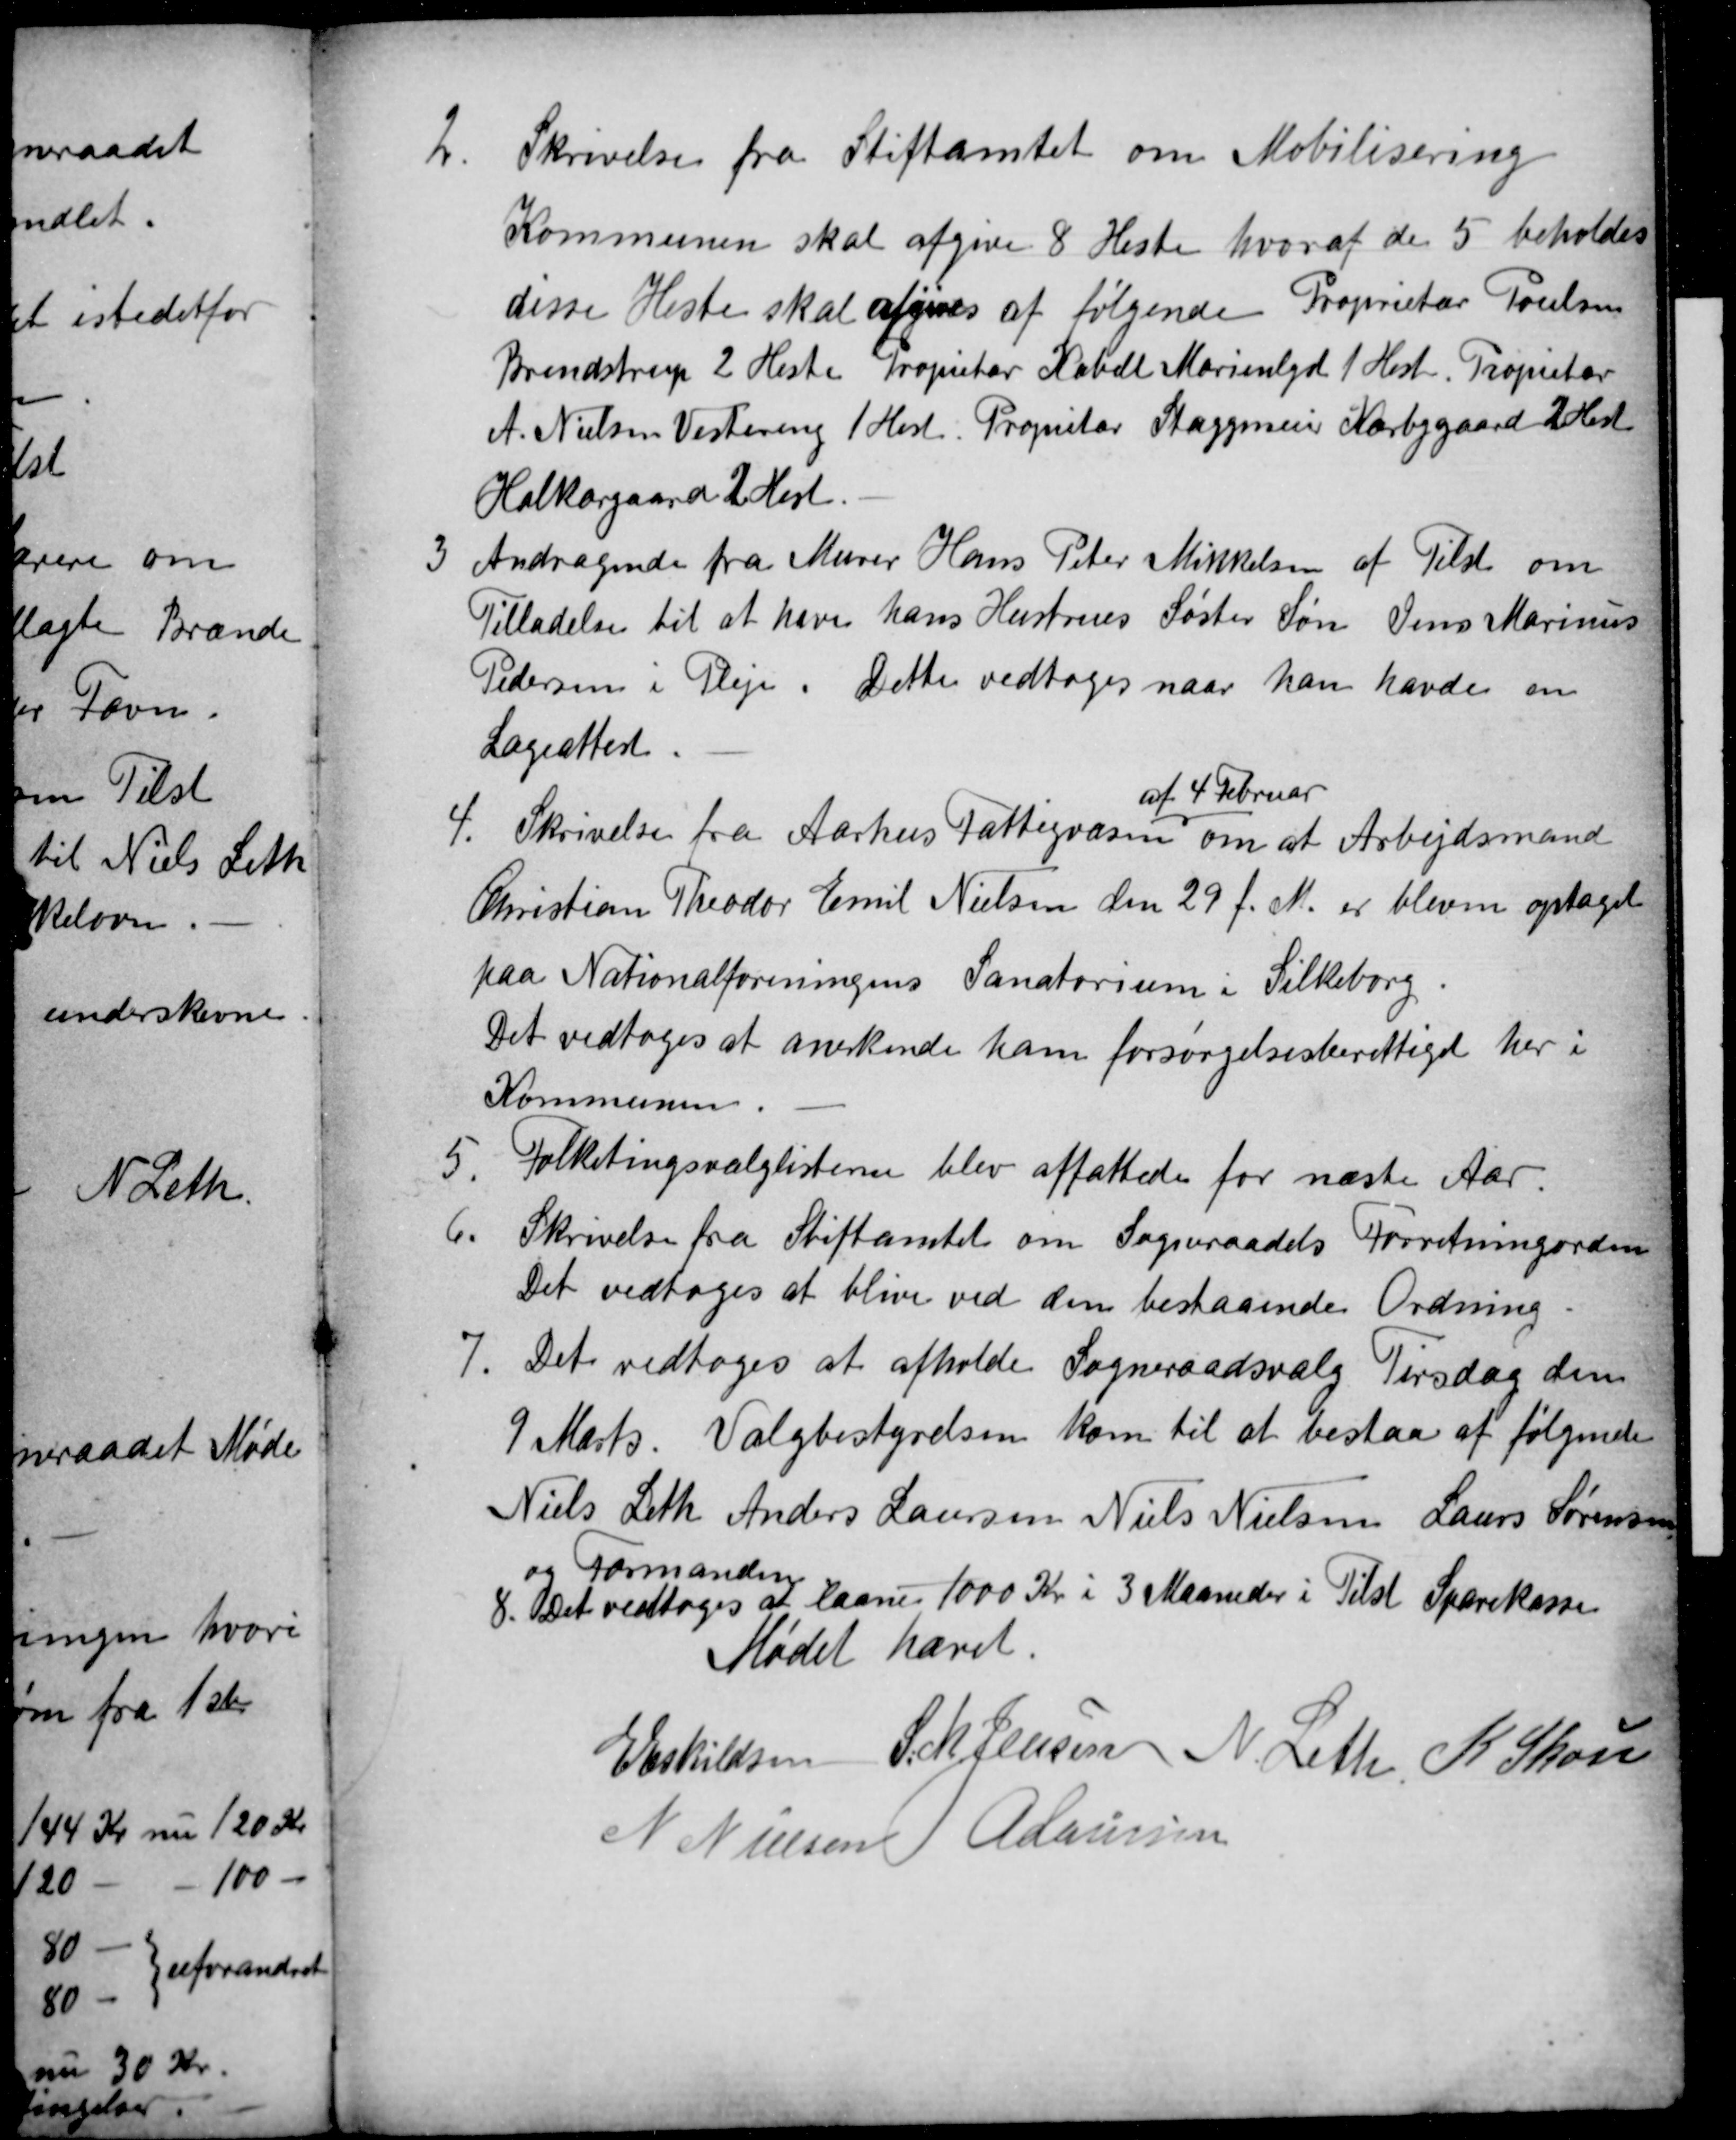
Transskription:
2
Skrivelse fra Stiftamtet om Mobilisering
Kommunen skal afgive 8 Heste hvoraf de 5 beholdes
disse Heste skal afgives af følgende Proprietær Poulsen
Brendstrup 2 Heste Propietær Kabell Marienlyst 1 Hest. Propietær
A. Nielsen Vestereng 1 Hest. Propritær Staggemeier Kærbygaard 2 Hest
Kolkærgaard 2 Hest.
3
Andragende fra Murer Hans Peter Mikkelsen af Tilst om
Tilladelse til at have hans Hustrues Søster Søn Jens Marinus
Pedersen i Pleje. Dette vedtoges naar han havde en
Lægeattest.
4. Skrivelse fra Aarhus Fattigvæsen
af 4 Februar
om at Arbejdsmand
Christian Theodor Emil Nielsen den 29 f.M. er bleven optaget
paa Nationalforeningens Sanatorium i Silkeborg.
Det vedtoges at anerkende ham forsørgelsesberettiget her i
Kommunen.
5
Folketingsvalglisterne blev affattede for næste Aar.
6.
Skrivelse fra Stiftamtet om Sogneraadets Forretningorden
Det vedtoges at blive ved den bestaaende Ordning.
7.
Det vedtoges at afholde Sogneraadsvalg Tirsdag den
9 Marts. Valgbestyrelsen kom til at bestaa af følgende
Niels Leth Anders Laursen Niels Nielsen Laurs Sørensen
og Formanden
8.
Det vedtoges at laane 1000 Kr i 3 Maaneder i Tilst Sparekasse
Mødet hævet.
E Eskildsen S. M. Jensen N. Leth K Skou
N Nielsen A Laursen